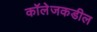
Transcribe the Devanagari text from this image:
कॉलेजकडील